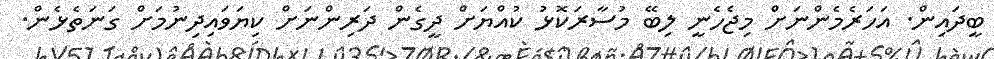
ބީދައިން. އަހަރެމެންނަށް މިޖެހެނީ ލިބޭ މުސާރަކޮޅު ކުއްޔަށް ދީގެން ދަރިންނަށް ކިޔަވައިދިނުމަށް ގަނަތެޅެން.